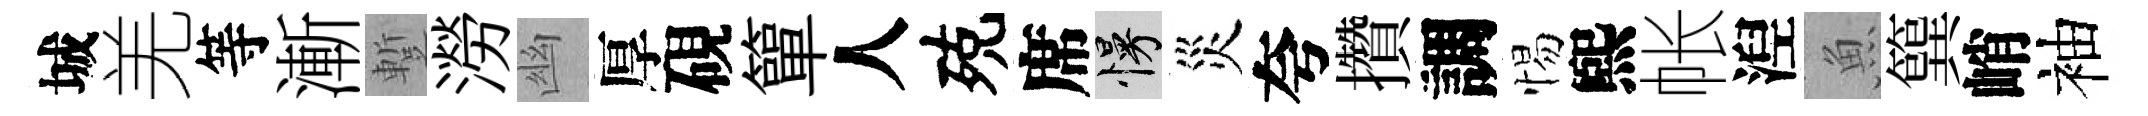
城羌等漸蹔澇幽厚硯簞人殑席慢災夸攢調惕煕帐湼魚簨峭袖